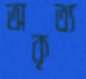
অকৃত্য